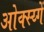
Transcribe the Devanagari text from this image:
ओक्स्य्गें